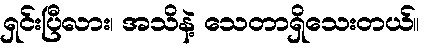
ရှင်းပြီလား၊ အသိနဲ့ သေတာရှိသေးတယ်။